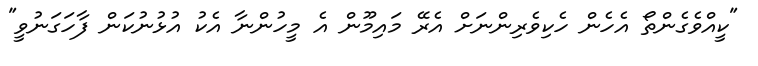
"ކީއްވެގެންތޯ އެހެން ހެކިވެރިންނަށް އެރޭ މައިމޫން އެ މީހުންނާ އެކު އުޅުނުކަން ފާހަގަނުވީ"